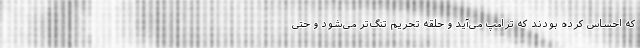
که احساس کرده بودند که ترامپ می‌آید و حلقه تحریم تنگ‌تر می‌شود و حتی